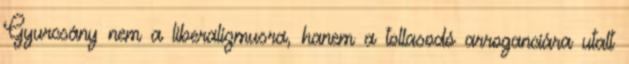
Gyurcsány nem a liberalizmusra, hanem a tollasodó arroganciára utalt